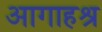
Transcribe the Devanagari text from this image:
आगाहश्र